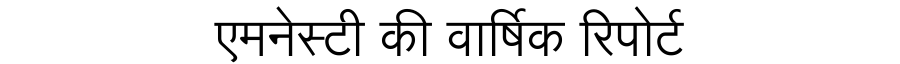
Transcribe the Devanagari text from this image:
एमनेस्टी की वार्षिक रिपोर्ट